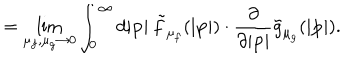
\: \: \: \: \: \: \: \: \: \: \: \: \: \: \: \: \: \: = \lim _ { \mu _ { f } , \mu _ { g } \to 0 } \int _ { 0 } ^ { \infty } d | { \bf p } | \: { \tilde { f } } _ { { \mu } _ { f } } ( | { \bf p } | ) \cdot \frac { \partial } { \partial | { \bf p } | } { \tilde { g } } _ { { \mu } _ { g } } ( | { \bf p } | ) .